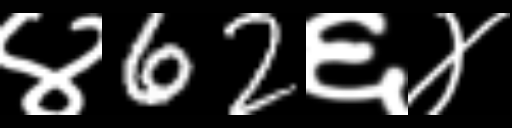
Text: ४62६४